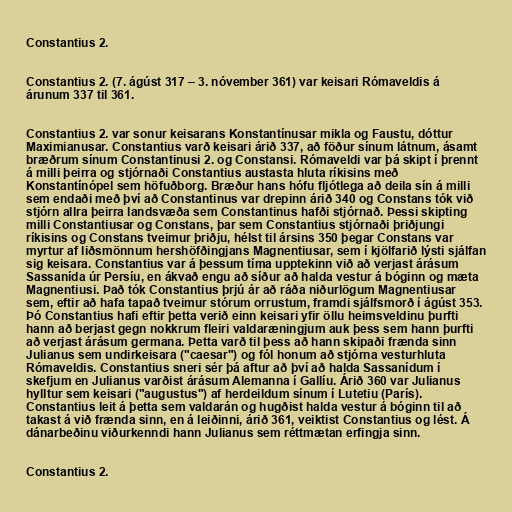
Constantius 2.

Constantius 2. (7. ágúst 317 – 3. nóvember 361) var keisari Rómaveldis á
árunum 337 til 361.

Constantius 2. var sonur keisarans Konstantínusar mikla og Faustu, dóttur
Maximianusar. Constantius varð keisari árið 337, að föður sínum látnum, ásamt
bræðrum sínum Constantinusi 2. og Constansi. Rómaveldi var þá skipt í þrennt
á milli þeirra og stjórnaði Constantius austasta hluta ríkisins með
Konstantínópel sem höfuðborg. Bræður hans hófu fljótlega að deila sín á milli
sem endaði með því að Constantinus var drepinn árið 340 og Constans tók við
stjórn allra þeirra landsvæða sem Constantinus hafði stjórnað. Þessi skipting
milli Constantiusar og Constans, þar sem Constantius stjórnaði þriðjungi
ríkisins og Constans tveimur þriðju, hélst til ársins 350 þegar Constans var
myrtur af liðsmönnum hershöfðingjans Magnentiusar, sem í kjölfarið lýsti sjálfan
sig keisara. Constantius var á þessum tíma upptekinn við að verjast árásum
Sassanída úr Persíu, en ákvað engu að síður að halda vestur á bóginn og mæta
Magnentiusi. Það tók Constantius þrjú ár að ráða niðurlögum Magnentiusar
sem, eftir að hafa tapað tveimur stórum orrustum, framdi sjálfsmorð í ágúst 353.
Þó Constantius hafi eftir þetta verið einn keisari yfir öllu heimsveldinu þurfti
hann að berjast gegn nokkrum fleiri valdaræningjum auk þess sem hann þurfti
að verjast árásum germana. Þetta varð til þess að hann skipaði frænda sinn
Julianus sem undirkeisara ("caesar") og fól honum að stjórna vesturhluta
Rómaveldis. Constantius sneri sér þá aftur að því að halda Sassanídum í
skefjum en Julianus varðist árásum Alemanna í Gallíu. Árið 360 var Julianus
hylltur sem keisari ("augustus") af herdeildum sínum í Lutetiu (París).
Constantius leit á þetta sem valdarán og hugðist halda vestur á bóginn til að
takast á við frænda sinn, en á leiðinni, árið 361, veiktist Constantius og lést. Á
dánarbeðinu viðurkenndi hann Julianus sem réttmætan erfingja sinn.

Constantius 2.